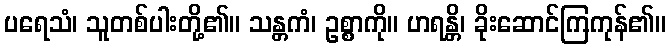
ပရေသံ၊ သူတစ်ပါးတို့၏။ သန္တကံ၊ ဥစ္စာကို။ ဟရန္တိ၊ ခိုးဆောင်ကြကုန်၏။